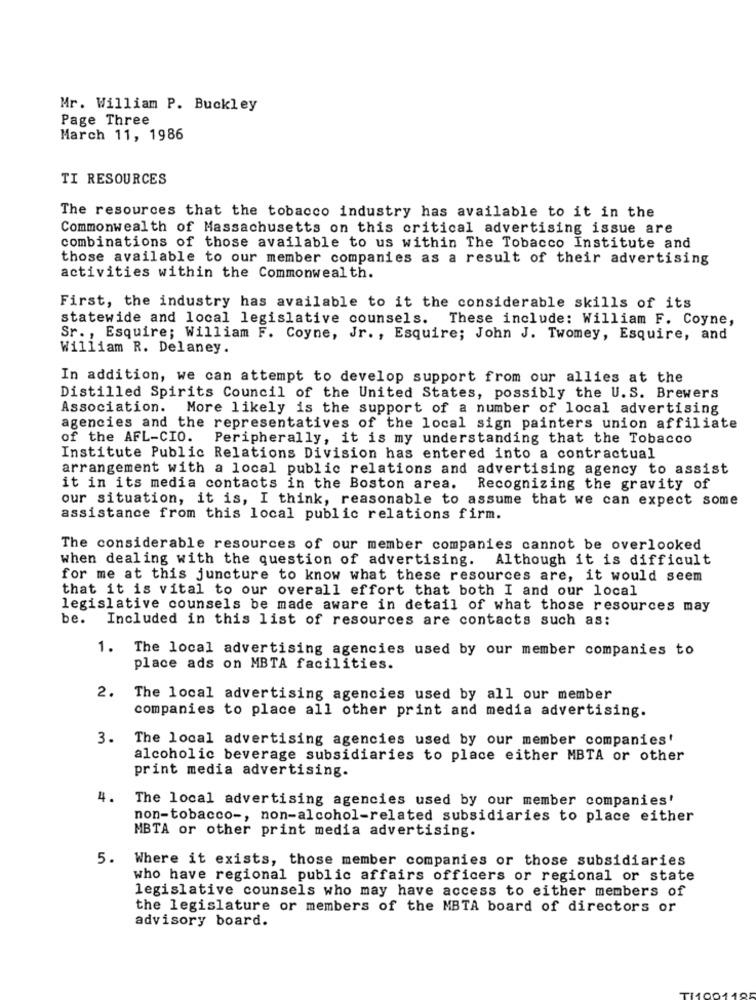
Mr. William P. Buckley
Page Three
March 11, 1986
TI RESOURCES
The resources that the tobacco industry has available to it in the
Commonwealth of Massachusetts on this critical advertising issue are
combinations of those available to us within The Tobacco Institute and
those available to our member companies as a result of their advertising
activities within the Commonwealth.
First, the industry has available to it the considerable skills of its
statewide and local legislative counsels. These include: William F. Coyne,
Sr ., Esquire; William F. Coyne, Jr. , Esquire; John J. Twomey, Esquire, and
William R. Delaney.
In addition, we can attempt to develop support from our allies at the
Distilled Spirits Council of the United States, possibly the U. S. Brewers
Association. More likely is the support of a number of local advertising
agencies and the representatives of the local sign painters union affiliate
of the AFL-CIO. Peripherally, it is my understanding that the Tobacco
Institute Public Relations Division has entered into a contractual
arrangement with a local public relations and advertising agency to assist
it in its media contacts in the Boston area.
Recognizing the gravity of
our situation, it is, I think, reasonable to assume that we can expect some
assistance from this local public relations firm.
The considerable resources of our member companies cannot be overlooked
when dealing with the question of advertising. Although it is difficult
for me at this juncture to know what these resources are, it would seem
that it is vital to our overall effort that both I and our local
legislative counsels be made aware in detail of what those resources may
be. Included in this list of resources are contacts such as:
1. The local advertising agencies used by our member companies to
place ads on MBTA facilities.
2. The local advertising agencies used by all our member
companies to place all other print and media advertising.
3.
The local advertising agencies used by our member companies'
alcoholic beverage subsidiaries to place either MBTA or other
print media advertising.
4.
The local advertising agencies used by our member companies'
non-tobacco -, non-alcohol-related subsidiaries to place either
MBTA or other print media advertising.
5. Where it exists, those member companies or those subsidiaries
who have regional public affairs officers or regional or state
legislative counsels who may have access to either members of
the legislature or members of the MBTA board of directors or
advisory board.